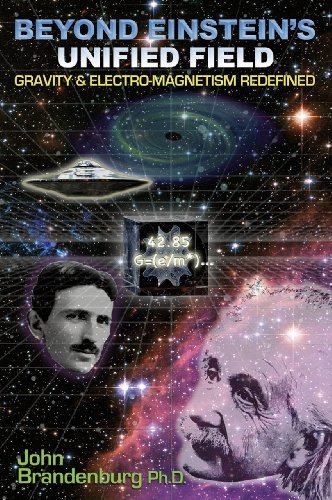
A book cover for Beyond Einstein's Unified Field: Gravity & Electro-Magnetism Redefined; John Brandenburg  Ph.D.; Science & Math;